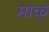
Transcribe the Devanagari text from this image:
माक्